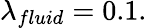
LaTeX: \lambda_{fluid}=0.1.